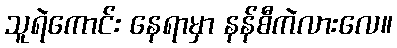
သူရဲကောင်း နေရာမှာ နန်စီကဲလားလေ။